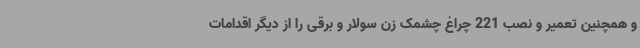
و همچنین تعمیر و نصب 221 چراغ چشمک زن سولار و برقی را از دیگر اقدامات